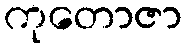
ကုတောဇာ